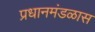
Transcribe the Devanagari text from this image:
प्रधानमंडळास